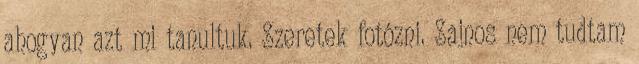
ahogyan azt mi tanultuk. Szeretek fotózni. Sajnos nem tudtam